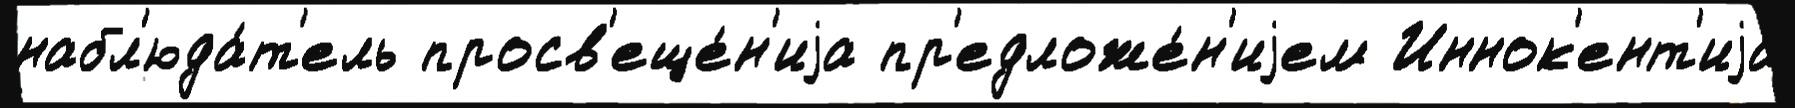
набл'юда́т'ель просв'еще́н'иjа пр'едложе́н'иjем Иннок'ент'иjа